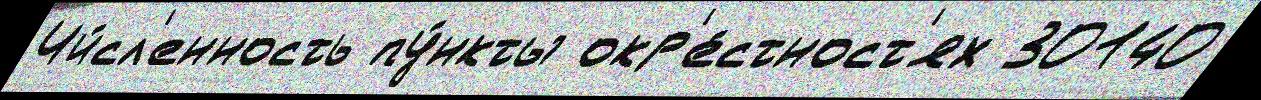
Чи́сл'енность пу́нкты окр'е́стност'ях 30140